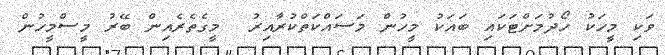
ވަކި މީހަކު ހޯދުމަށްޓަކައި ބައަަކު މީހުން މަސައްކަތްކުރާއިރު  މީގެތެރެއިން ބޭރު މީސްމީހުން